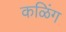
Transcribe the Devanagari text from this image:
कळिंग